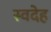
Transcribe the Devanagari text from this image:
स्वदेह